Medical and sanitary report of the native army of Bengal for the year
Year: 1875
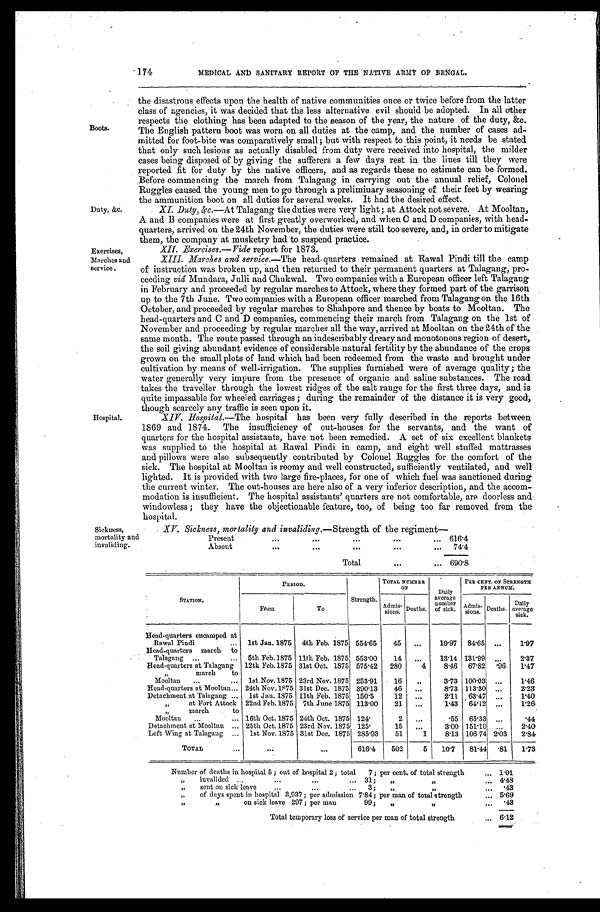
174
MEDICAL AND SANITARY REPORT OF THE NATIVE ARMY OF BENGAL.
Boots.
Duty, &C.
Exercises,
Marches and
service .
Hospital.
the disastrous effects upon the health of native communities once or twice before from the latter
class of agencies, it was decided that the less alternative evil should be adopted. In all Other
respects the clothing has been adapted to the season of the year, the nature of the duty, &c.
The English pattern boot was worn on all duties at the camp, and the number of cases ad
mitted for foot-bite was comparatively small ; but with respect to this point, it needs be stated
that only such lesions as actually disabled from duty were received into hospital, the milder
cases being disposed of by giving the sufferers a few days rest in the lines till they were
reported fit for duty by the native officers, and as regards these no estimate can be formed.
Before commencing the march from Talagang in carrying out the annual relief, Colonel
Ruggles caused the young men to go through a preliminary seasoning of their feet by wearing the ammunition boot on all duties for several weeks. It had the desired effect.
XI. Duty,&c.—At Talagang the duties were very light; at Attock not severe. At Mooltan,
A and B companies were at first greatly overworked, and when C and D companies, with head-
quarters, arrived on the 24th November, the duties were still too severe, and, in order to mitigate
them, the company at musketry had to suspend practice.
XII. Exercises.—Vide report for 1873.
XIII. Marches and service. —The head quarters remained at Rawal Pindi till the camp
of , instruction was broken up, and then returned to their permanent quarters at Talagang, pro-
ceeding vid Mundara, Julli and Chukwal. Two companies with a European officer left Talagang
in February and proceeded by regular marches to Attock, where they formed part of the garrison
up to the 7th June. Two companies with a European officer marched from Talagang on the 16th
October, and proceeded by regular marches to Shahpore and thence by boats to Mooltan. The
head-quarters and C and D companies, commencing their march from Talagang on the 1st of
November and proceeding by regular marches all the way, arrived at Mooltan on the 24th of the
same month. The route passed through an indescribably dreary and monotonous region of desert,
the soil giving abundant evidence of considerable natural fertility by the abundance of the crops
grown on the small plots of land which had been redeemed from the waste and brought under
cultivation by means of well-irrigation. The supplies furnished were of average quality; the
water generally very impure from the presence of organic and saline substances. The road
takes the traveller through the lowest ridges of the salt range for the first three days, and is
quite impassable for wheeled carriages ; during the remainder of the distance it is very good,
though scarcely any traffic is seen upon it.
XIV. Hospital.—The hospital has been very fully described in the reports between
1869 and 1874. The insufficiency of out-houses for the servants, and the want of
quarters for the hospital assistants, have not been remedied. A set of six excellent blankets
was supplied to the hospital at Rawal Pindi in camp, and eight well stuffed mattresses
and pillows were also subsequently contributed by Colonel Ruggles for the comfort of the
sick. The hospital at Mooltan is roomy and well constructed, sufficiently ventilated, and welt
lighted. It is provided with two large fire-places, for one of which fuel was sanctioned during
the current winter. The out-houses are here also of a very inferior description, and the accom
modation is insufficient. The hospital assistants' quarters are not comfortable, are doorless and
windowless ; they have the objectionable feature, too, of being too far removed from the
hospital.
Sickness,
mortality and invaliding.
XV. Sickness, mortality and invaliding, —Strength of the regiment
—
Present
. . .
. . .
. . .
. . .
. . .
616.4
Ab s e n t
. . .
. . .
. . .
. . .
. . .
74.4
Total
. . .
. . .
690.8
STATIO.,
PERIOD.
Strength.
TOTAL NUMBER
OF
Daily
average
number
of sick.
PER CENT. OF STRENGTH
PER ANNUM.
From
To
Admissions. Deaths.
Admissions. Deaths.
Daily
average
sick.
Head-quarters encamped at
Rawal Pindi
...
1st Jan. 1875
4th Feb. 1875 554.65
45
. . .
10.97
84.65
...
1.97
Head-quarters march to
Talagang ...
...
5th Feb.1875 11th Feb. 1875 553.00
14
. . .
13.14 131.99
...
2.37
Head-quarters at Talagang
,,
march to
12th Feb.1875 31st Oct. 1875 575.42
280
4
8.46
67.82
.96
1.47
Mooltan
. . . . . .
1st Nov.1875 23rd Nov. 1875 253.91
16
. .
3.73 100.03
...
1.46
Head-quarters at Mooltan... 24th Nov.1875 31st Dec. 1875 390.13
46
. . .
8.73 113.30
...
2.23
Detachment at Talagang ...
1st Jan. 1875 11th Feb. 1875 150.5
12
. . .
2.11 63.47
...
1.40
„
at Fort Attock 22nd Feb.1875
7th June 1875 113.00
21
. . .
1.43
64.12
...
1.26
„
march to
Mooltan
...
... 16th Oct. 1875 24th Oct. 1875 124.
2
. . .
.55
65. 33
...
.44
Detachment at Mooltan
. . . 25th Oct. 1875 23rd Nov. 1875 125.
15
. . .
3.00 151.10
...
2.40
Left Wing at Talagang ...
1st Nov. 1875 31st Dec. 1875 285.93
51
1
8.13 106. 74 2.03
2.84
T O T A L
. . .
. . .
. . .
616.4
502
5
1 0 . 7
81.44
.81
1.73
Number of deaths in hospital 5 ; out of hospital 2 ; total
7 ; per cent, of total strength
... 1.01
„
invalided ... ... ... ...
31;
„
...
4.48
,,
sent on sick leave
... ... ...
3;
... ... ...
.43
„
of days spent in hospital 3,937; per admission 7.84; per man of total strength
...
5.69
„ „
on sick leave 297; per man
99;
„ „
...
.43
Total temporary loss of service per man of total strength
...
6.12